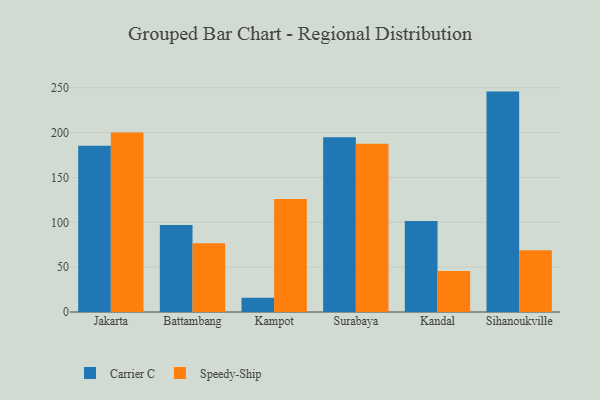
{"axis": {"x": "City", "y": "Page Views"}, "legend": ["Carrier C", "Speedy-Ship"], "data": [{"x": "Jakarta", "y": 185.2, "type": "Carrier C"}, {"x": "Jakarta", "y": 200.0, "type": "Speedy-Ship"}, {"x": "Battambang", "y": 97.1, "type": "Carrier C"}, {"x": "Battambang", "y": 76.7, "type": "Speedy-Ship"}, {"x": "Kampot", "y": 16.0, "type": "Carrier C"}, {"x": "Kampot", "y": 126.0, "type": "Speedy-Ship"}, {"x": "Surabaya", "y": 194.7, "type": "Carrier C"}, {"x": "Surabaya", "y": 187.5, "type": "Speedy-Ship"}, {"x": "Kandal", "y": 101.4, "type": "Carrier C"}, {"x": "Kandal", "y": 45.7, "type": "Speedy-Ship"}, {"x": "Sihanoukville", "y": 245.7, "type": "Carrier C"}, {"x": "Sihanoukville", "y": 68.9, "type": "Speedy-Ship"}]}